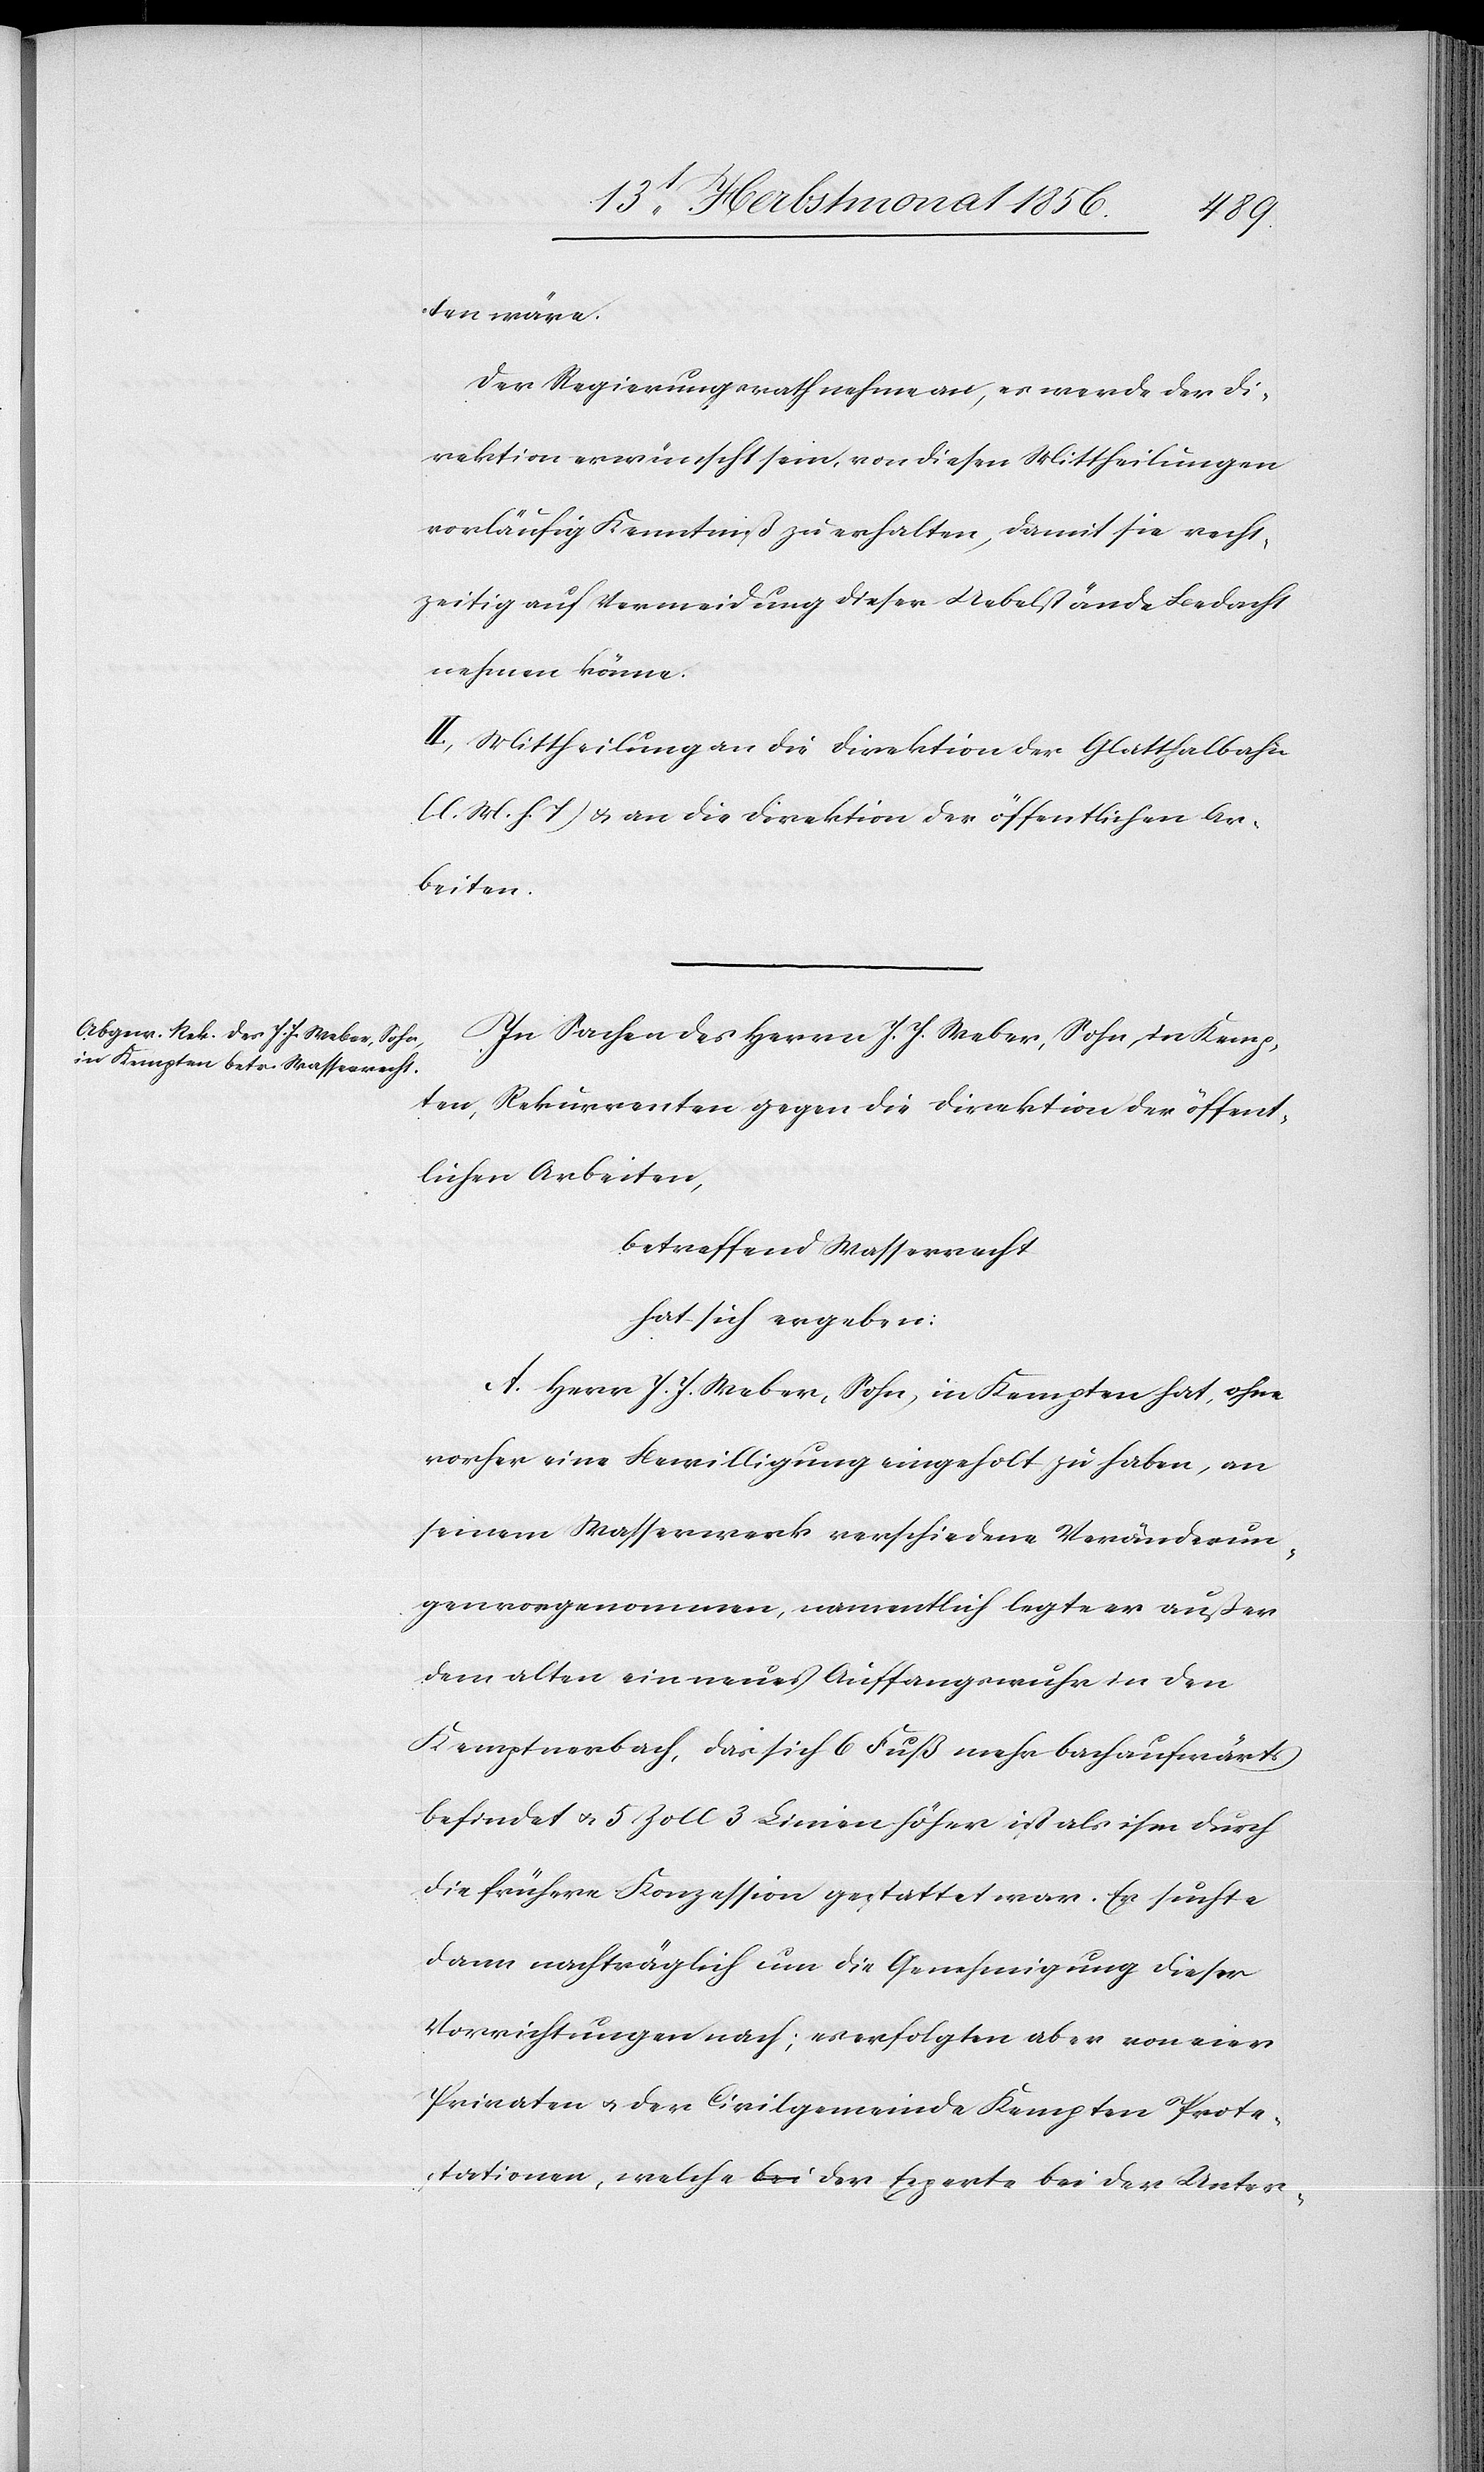
ten wäre.
Der Regierungsrath nehme an, es werde der Di¬
rektion erwünscht sein, von diesen Mittheilung
vorläufig Kenntniß zu erhalten, damit sie recht¬
zeitig auf Vermeidung dieser Uebelstände Bedacht
nehmen könne.
II.) Mittheilung an die Direktion der Glatthalbahn
(l. M. h. T) u. an die Direktion der öffentlichen Ar¬
beiten.
In Sachen des Herrn J. J. Weber, Sohn, in Kemp¬
ten, Rekurrenten gegen die Direktion der öffent¬
lichen Arbeiten,
betreffend Wasserrecht
hat sich ergeben:
A. Herr J. J. Weber, Sohn, in Kempten hat, ohne
vorher eine Bewilligung eingeholt zu haben, an
seinem Wasserwerk verschiedene Veränderun¬
gen vorgenommen, namentlich legte er außer
dem alten ein neues Auffangswuhr in den
Kemptnerbach, das sich 6 Fuß mehr bachaufwärts
befindet u. 5 Zoll 3 Linien höher ist als ihm durch
die frühere Konzession gestattet war. Er suchte
dann nachträglich um die Genehmigung dieser
Vorrichtungen nach; es erfolgten aber von vier
Privaten u. der Civilgemeinde Kempten Prote¬
stationen, welche der Experte bei der Unter-